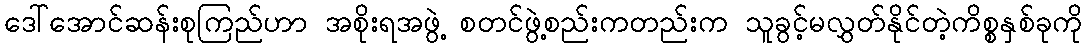
ဒေါ်အောင်ဆန်းစုကြည်ဟာ အစိုးရအဖွဲ့ စတင်ဖွဲ့စည်းကတည်းက သူခွင့်မလွှတ်နိုင်တဲ့ကိစ္စနှစ်ခုကို